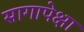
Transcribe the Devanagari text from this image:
सागापेक्षा